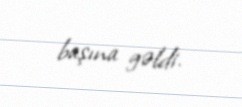
başına gəldi.